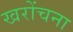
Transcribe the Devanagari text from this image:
खरोंचना